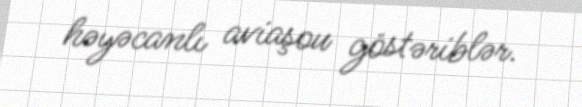
həyəcanlı aviaşou göstəriblər.